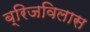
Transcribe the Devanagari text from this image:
ब्रिजविलास